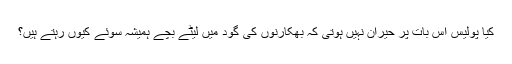
کیا پولیس اس بات پر حیران نہیں ہوتی کہ بھکارنوں کی گود میں لیٹے بچے ہمیشہ سوئے کیوں رہتے ہیں؟